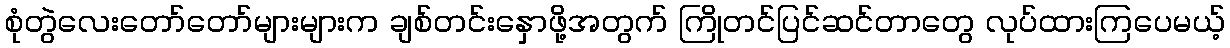
စုံတွဲလေးတော်တော်များများက ချစ်တင်းနှောဖို့အတွက် ကြိုတင်ပြင်ဆင်တာတွေ လုပ်ထားကြပေမယ့်